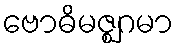
ဗောဓိမဇ္ဈဂမာ